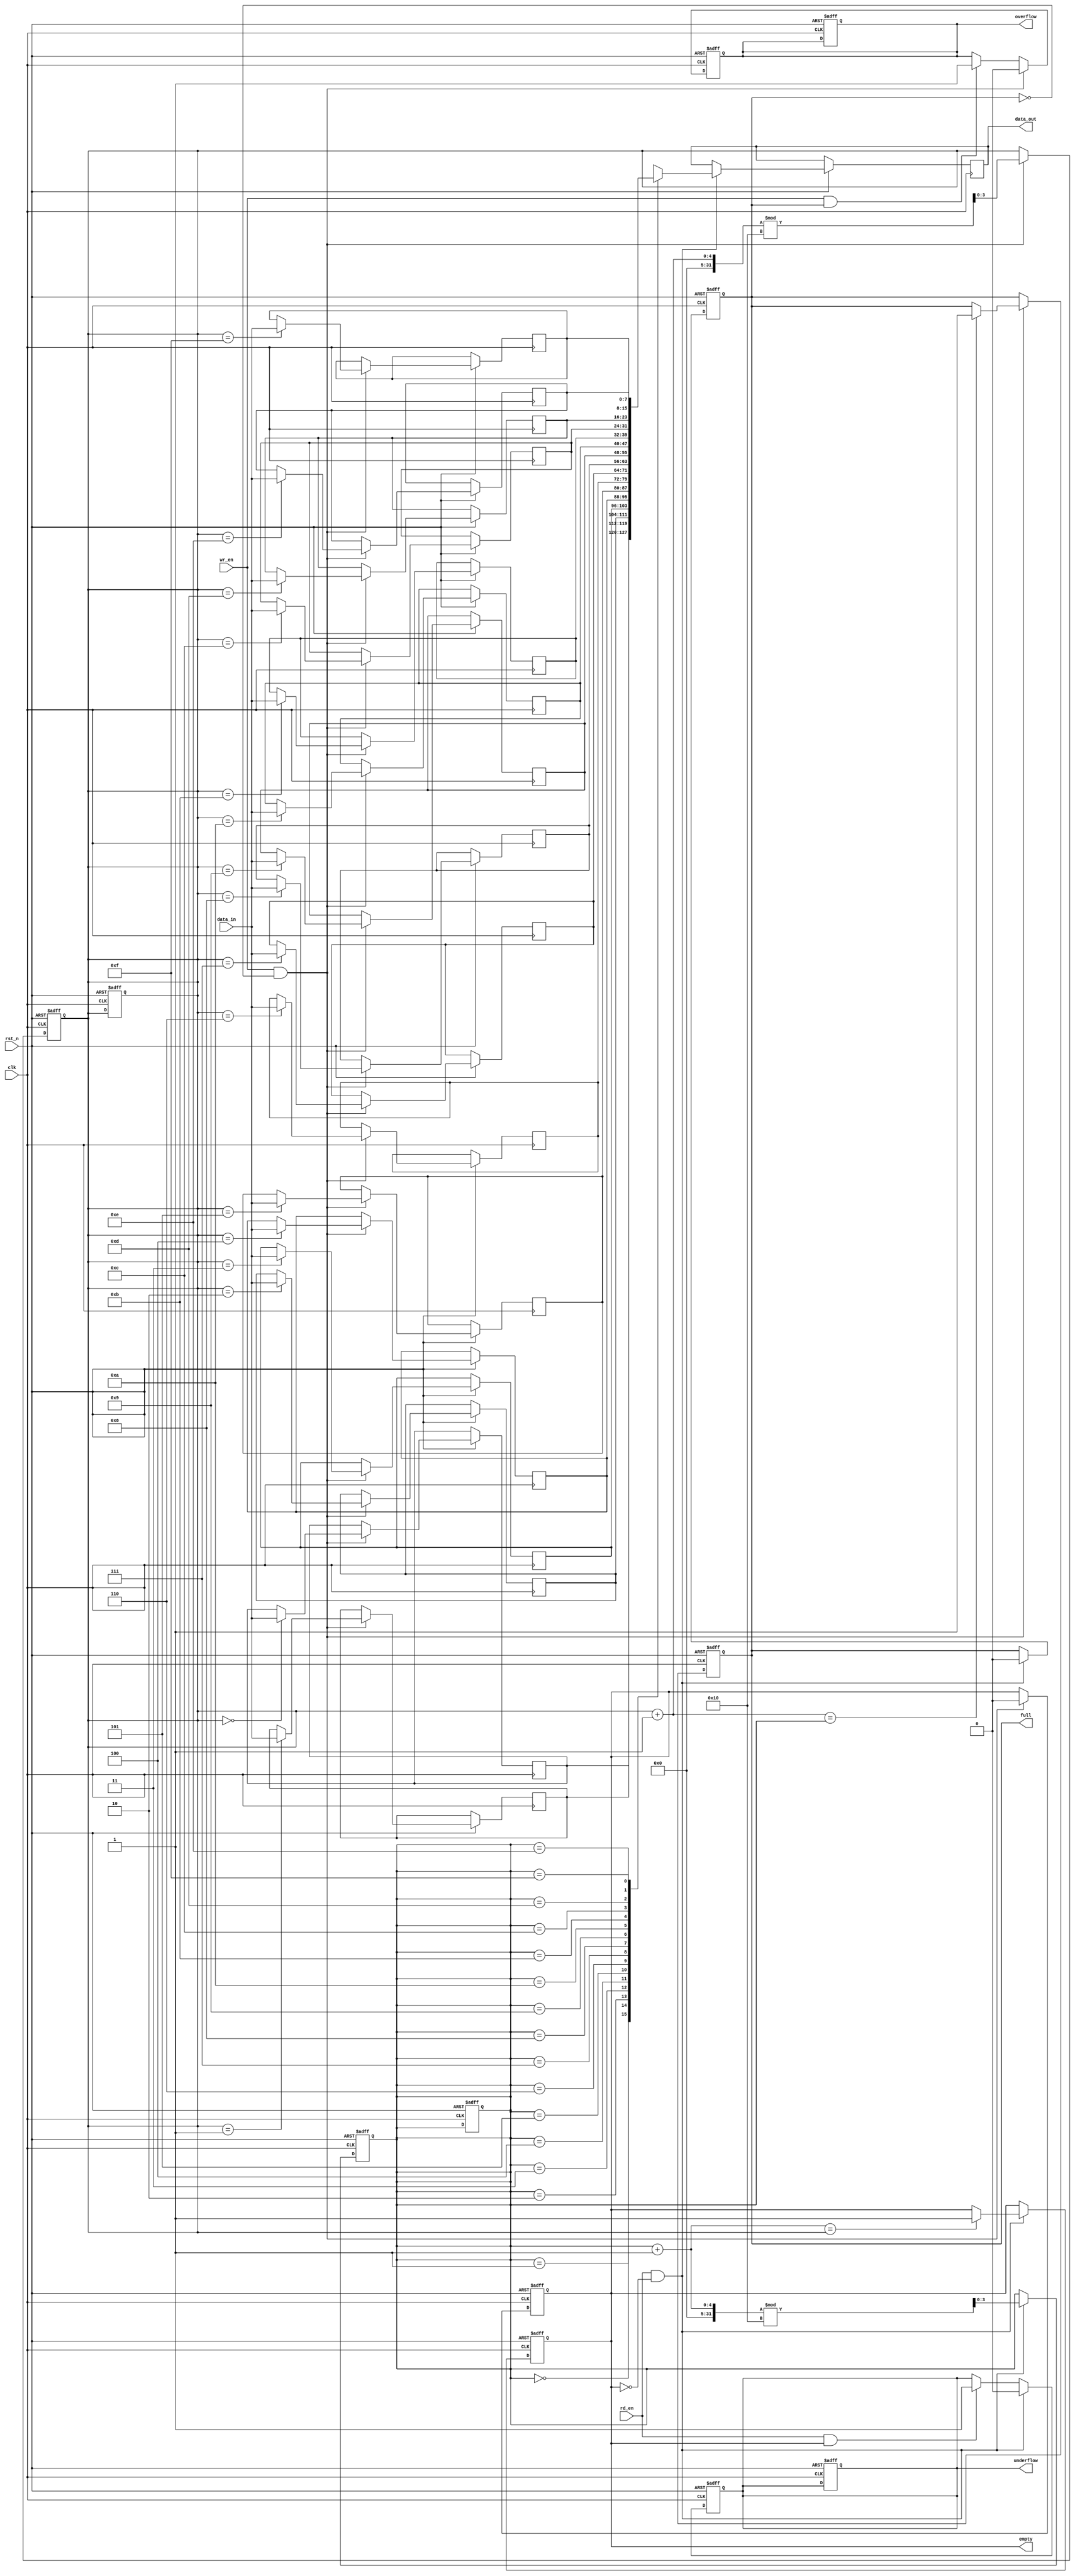
module parameterized_fifo #(
    parameter DATA_WIDTH = 8,        // Width of each data element in bits
    parameter FIFO_DEPTH = 16         // Total number of entries the FIFO can hold
)(
    input wire clk,                   // Clock signal
    input wire rst_n,                 // Asynchronous reset (active low)
    input wire wr_en,                 // Write enable signal
    input wire rd_en,                 // Read enable signal
    input wire [DATA_WIDTH-1:0] data_in, // Data input
    output reg [DATA_WIDTH-1:0] data_out, // Data output
    output reg full,                  // Full flag
    output reg empty,                 // Empty flag
    output reg overflow,              // Overflow flag
    output reg underflow              // Underflow flag
);

    // Memory array to hold the FIFO data
    reg [DATA_WIDTH-1:0] fifo_mem [0:FIFO_DEPTH-1];

    // Pointers for read and write
    reg [$clog2(FIFO_DEPTH)-1:0] wr_ptr; // Write pointer
    reg [$clog2(FIFO_DEPTH)-1:0] rd_ptr; // Read pointer

    // FIFO status flags
    initial begin
        wr_ptr = 0;
        rd_ptr = 0;
        full = 0;
        empty = 1;
        overflow = 0;
        underflow = 0;
    end

    // Write operation
    always @(posedge clk or negedge rst_n) begin
        if (!rst_n) begin
            wr_ptr <= 0;
            rd_ptr <= 0;
            full <= 0;
            empty <= 1;
            overflow <= 0;
            underflow <= 0;
        end else begin
            if (wr_en && !full) begin
                fifo_mem[wr_ptr] <= data_in; // Write data to FIFO
                wr_ptr <= (wr_ptr + 1) % FIFO_DEPTH; // Increment write pointer
                empty <= 0; // FIFO is not empty after write
                if (wr_ptr + 1 == rd_ptr) begin
                    full <= 1; // FIFO becomes full
                end
                overflow <= 0; // Reset overflow flag
            end else if (wr_en && full) begin
                overflow <= 1; // Set overflow flag if trying to write when full
            end
        end
    end

    // Read operation
    always @(posedge clk or negedge rst_n) begin
        if (!rst_n) begin
            wr_ptr <= 0;
            rd_ptr <= 0;
            full <= 0;
            empty <= 1;
            overflow <= 0;
            underflow <= 0;
        end else begin
            if (rd_en && !empty) begin
                data_out <= fifo_mem[rd_ptr]; // Read data from FIFO
                rd_ptr <= (rd_ptr + 1) % FIFO_DEPTH; // Increment read pointer
                full <= 0; // FIFO is not full after read
                if (rd_ptr + 1 == wr_ptr) begin
                    empty <= 1; // FIFO becomes empty
                end
                underflow <= 0; // Reset underflow flag
            end else if (rd_en && empty) begin
                underflow <= 1; // Set underflow flag if trying to read when empty
            end
        end
    end

endmodule